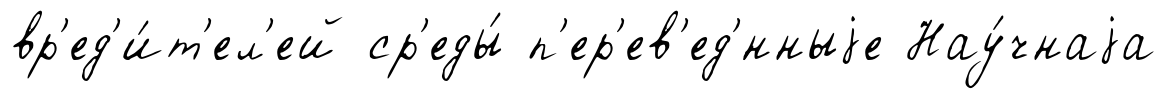
вр'ед'и́т'ел'ей ср'еды́ п'ер'ев'ед'́нныjе Нау́чнаjа